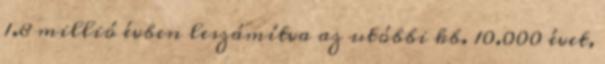
1.8 millió évben leszámítva az utóbbi kb. 10.000 évet,